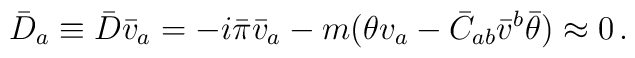
\bar D_a \equiv \bar D \bar v_a= -i\bar \pi\bar v_a -m(\theta v_a -\bar C_{ab}\bar v^b\bar\theta ) \approx 0 \, .